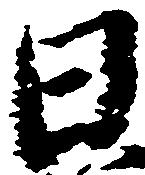
日